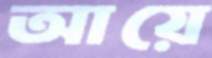
আয়ে